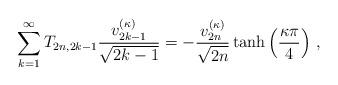
LaTeX: \begin{align*}\sum_{k=1}^\infty T_{2n,2k-1}\frac{v_{2k-1}^{(\kappa)}}{\sqrt{2k-1}}=-\frac{v_{2n}^{(\kappa)}}{\sqrt{2n}}\tanh\left(\frac{\kappa \pi}{4}\right)\,,\end{align*}